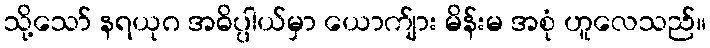
သို့သော် နရယုဂ အဓိပ္ပါယ်မှာ ယောက်ျား မိန်းမ အစုံ ဟူလေသည်။